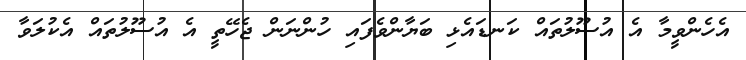
އެހެންވީމާ އެ އުސޫލުތައް ކަނޑައެޅި ބަޔާންވެފައި ހުންނަން ޖެހޭތީ އެ އުސޫލުތައް އެކުލަވާ